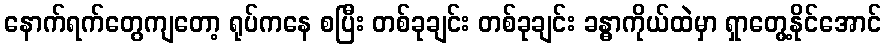
နောက်ရက်တွေကျတော့ ရုပ်ကနေ စပြီး တစ်ခုချင်း တစ်ခုချင်း ခန္ဓာကိုယ်ထဲမှာ ရှာတွေ့နိုင်အောင်